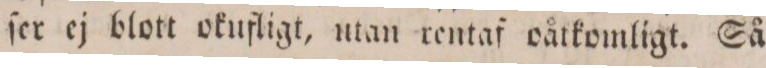
ſer ej blott okufligt, utan rentaf oåtkomligt. Så